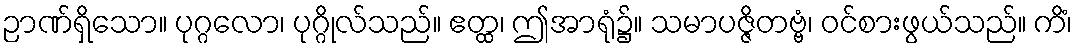
ဉာဏ်ရှိသော။ ပုဂ္ဂလော၊ ပုဂ္ဂိုလ်သည်။ ဧတ္ထ၊ ဤအာရုံ၌။ သမာပဇ္ဇိတဗ္ဗံ၊ ဝင်စားဖွယ်သည်။ ကိံ၊